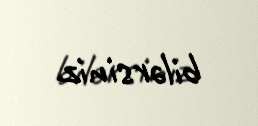
bilərsiniz.